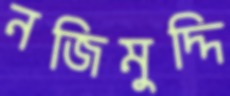
নজিমুদ্দি